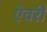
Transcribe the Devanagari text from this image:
ऐवरी